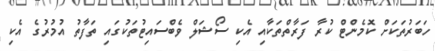
ހަބަރުތަކަށް ކޮމެންޓް ކުރާ ފަރާތްތަކާއި އެކި ސޯޝަލް ވެބްސައިޓުތަކުގައި ތަފާތު އުމުރުގެ އެކި